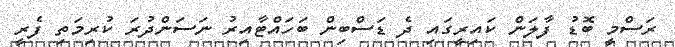
ރަސްމީ ބޮޑު ފާލަން ކައިރީގައި ދެ ޑަސްބިން ބަހައްޓާއިރު ނަސަންދުރަ ކުރިމަތި ފެރީ